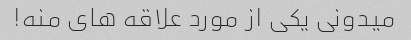
میدونی یکی از مورد علاقه های منه!